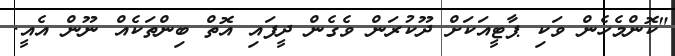
"ކޮންމެހެން ވަކި ޕާޓީއަކަށް ދޫކުރަން ވެގެން ދީފައި އޮތް ބިންތަކެއް ނޫން އެއީ.